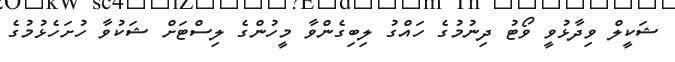
ޝަކީލް ވިދާޅުވީ ވޯޓު ދިނުމުގެ ހައްގު ލިބިގެންވާ މީހުންގެ ލިސްޓަށް ޝަކުވާ ހުށަހެޅުމުގެ